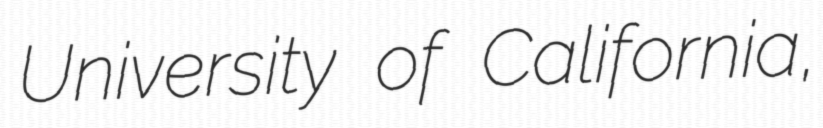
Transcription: University of California,